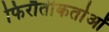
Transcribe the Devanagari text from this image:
फिरौतीकर्ताओं